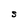
Character: S